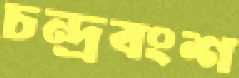
চন্দ্রবংশ